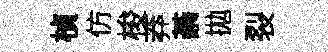
楨仿梭莽綦拋裂